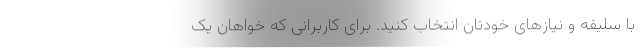
با سلیقه و نیازهای خودتان انتخاب کنید. برای کاربرانی که خواهان یک